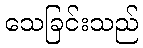
သေခြင်းသည်